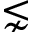
\lnsim